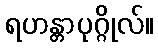
ရဟန္တာပုဂ္ဂိုလ်။